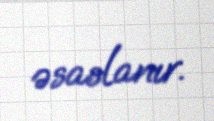
əsaslanır.